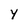
Character: Y